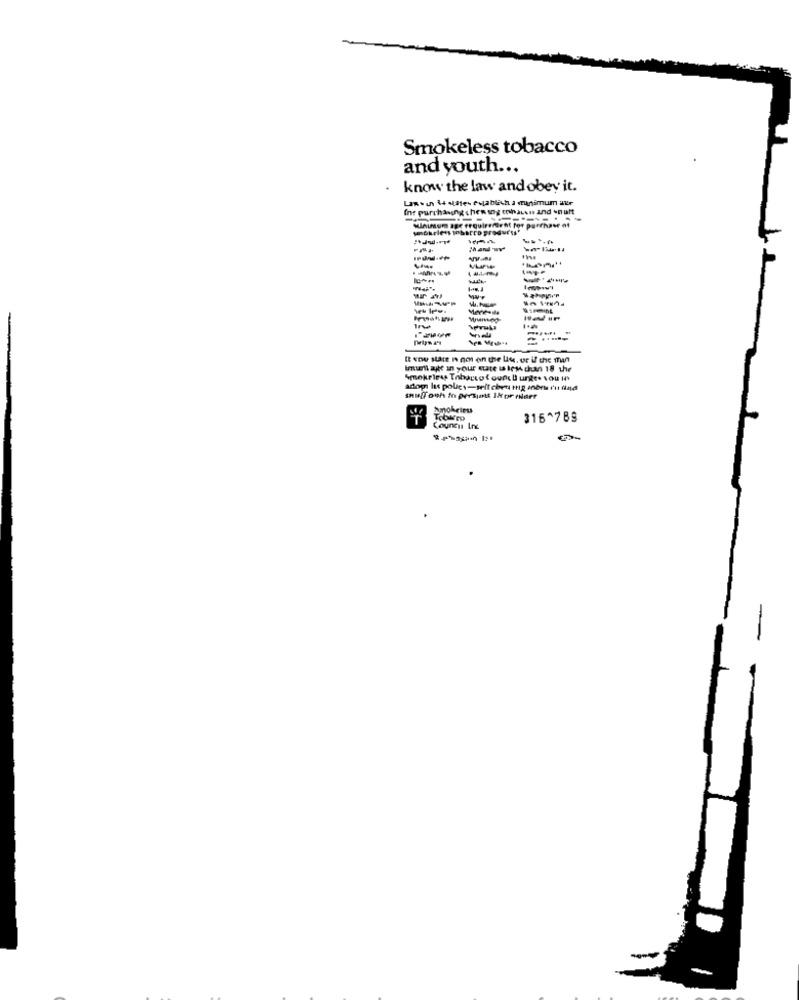
Smokeless tobacco
and youth ...
know the law and obey it.
Int purchasing then ing tohausis and -nult
Minimum age requirement for purchase of
-
----
I ene sare n no on the lie, or if the man
Imuell ate in your care is Irm duan 18 the
adopa las policy-selt cher tHig Anore t'st find
Amokeleus
316^789
Council Inc
-